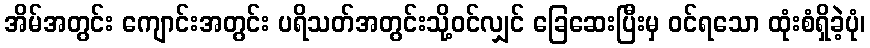
အိမ်အတွင်း ကျောင်းအတွင်း ပရိသတ်အတွင်းသို့ဝင်လျှင် ခြေဆေးပြီးမှ ဝင်ရသော ထုံးစံရှိခဲ့ပုံ၊